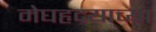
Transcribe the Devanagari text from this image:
मेघहृदयाच्या